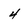
Character: 4